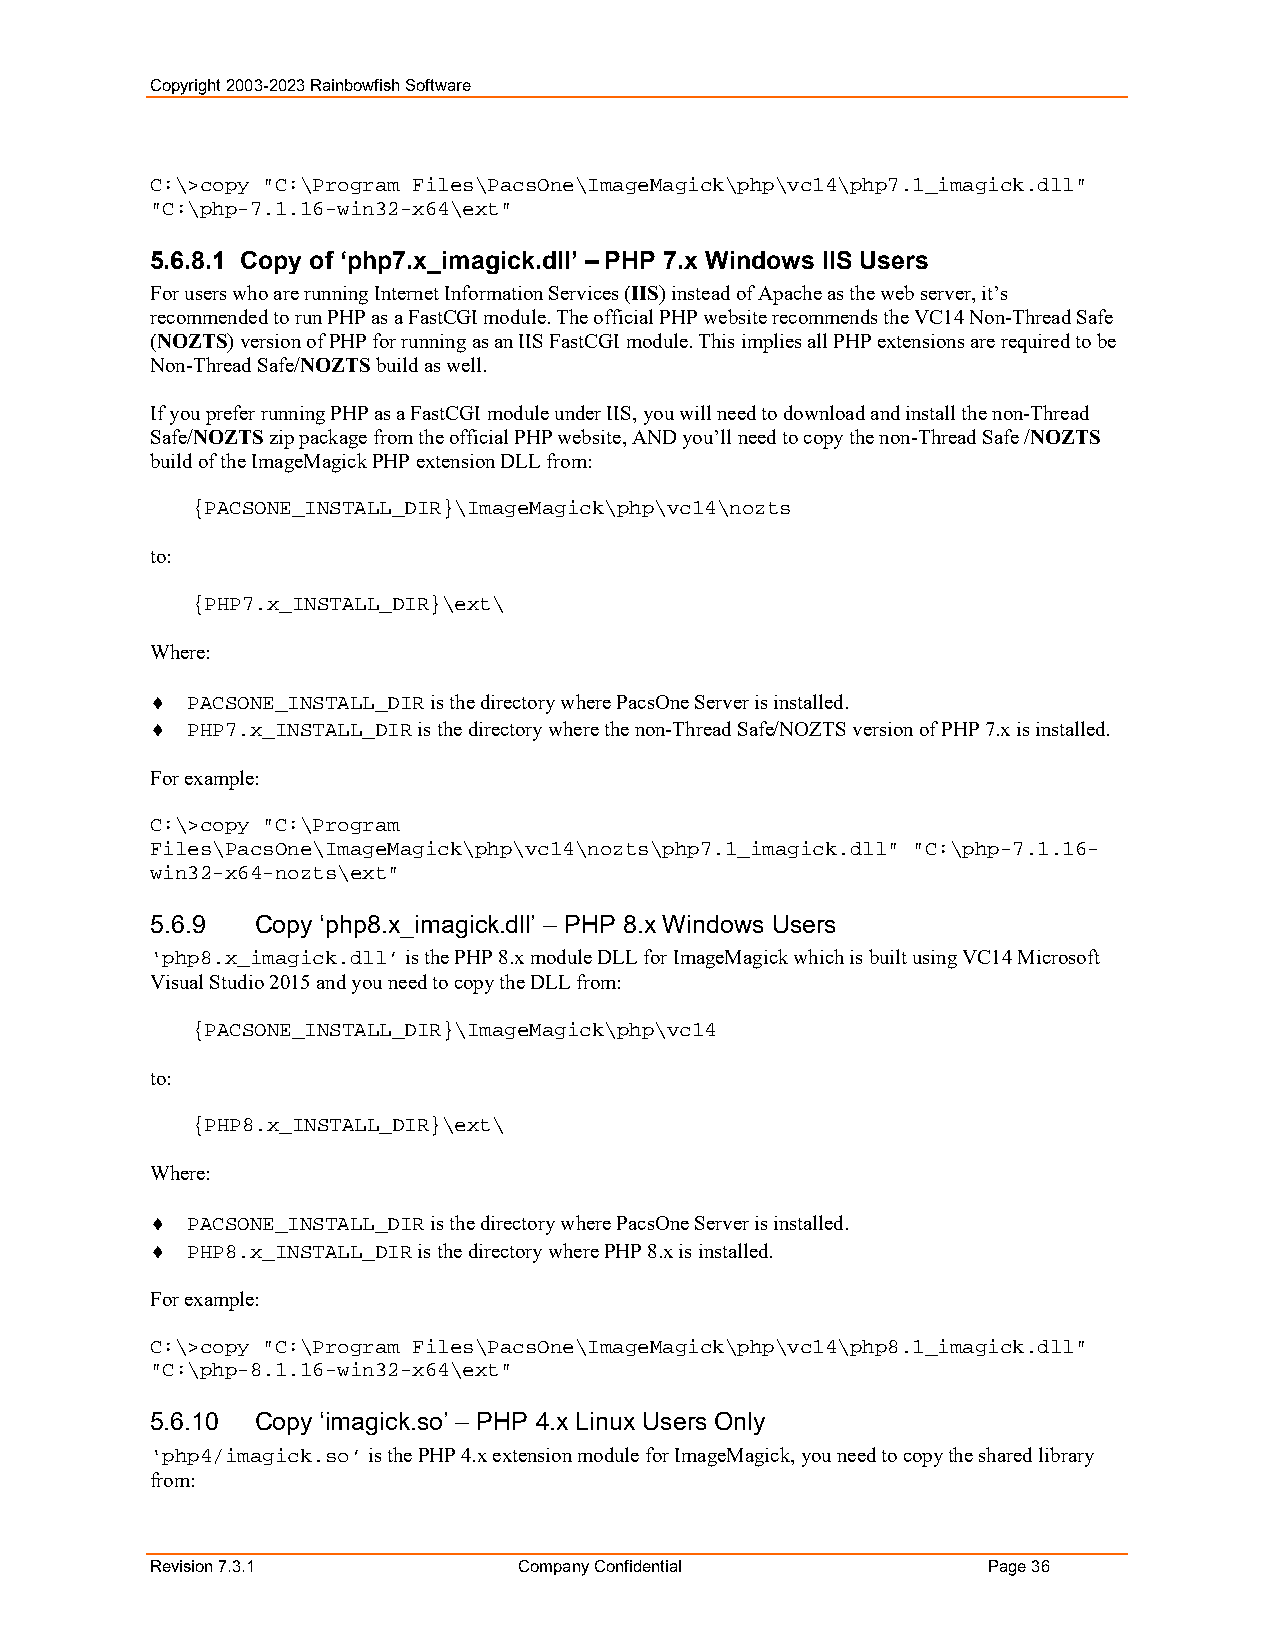
Copyright 2003-2023 Rainbowfish Software
 C:\>copy "C:\Program Files\PacsOne\ImageMagick\php\vc14\php7.1_imagick.dll"
 "C:\php-7.1.16-win32-x64\ext"
 5.6.8.1 Copy of ‘php7.x_imagick.dll’ – PHP 7.x Windows IIS Users
 For users who are running Internet Information Services (IIS) instead of Apache as the web server, it’s
 recommended to run PHP as a FastCGI module. The official PHP website recommends the VC14 Non-Thread Safe
 (NOZTS) version of PHP for running as an IIS FastCGI module. This implies all PHP extensions are required to be
 Non-Thread Safe/NOZTS build as well.
 If you prefer running PHP as a FastCGI module under IIS, you will need to download and install the non-Thread
 Safe/NOZTS zip package from the official PHP website, AND you’ll need to copy the non-Thread Safe /NOZTS
 build of the ImageMagick PHP extension DLL from:
 {PACSONE_INSTALL_DIR}\ImageMagick\php\vc14\nozts
 to:
 {PHP7.x_INSTALL_DIR}\ext\
 Where:
  PACSONE_INSTALL_DIR is the directory where PacsOne Server is installed.
  PHP7.x_INSTALL_DIR is the directory where the non-Thread Safe/NOZTS version of PHP 7.x is installed.
 For example:
 C:\>copy "C:\Program
 Files\PacsOne\ImageMagick\php\vc14\nozts\php7.1_imagick.dll" "C:\php-7.1.16-
 win32-x64-nozts\ext"
 5.6.9  Copy ‘php8.x_imagick.dll’ – PHP 8.x Windows Users
 ‘php8.x_imagick.dll’ is the PHP 8.x module DLL for ImageMagick which is built using VC14 Microsoft
 Visual Studio 2015 and you need to copy the DLL from:
 {PACSONE_INSTALL_DIR}\ImageMagick\php\vc14
 to:
 {PHP8.x_INSTALL_DIR}\ext\
 Where:
  PACSONE_INSTALL_DIR is the directory where PacsOne Server is installed.
  PHP8.x_INSTALL_DIR is the directory where PHP 8.x is installed.
 For example:
 C:\>copy "C:\Program Files\PacsOne\ImageMagick\php\vc14\php8.1_imagick.dll"
 "C:\php-8.1.16-win32-x64\ext"
 5.6.10 Copy ‘imagick.so’ – PHP 4.x Linux Users Only
 ‘php4/imagick.so’ is the PHP 4.x extension module for ImageMagick, you need to copy the shared library
 from:
 Revision 7.3.1          Company Confidential           Page 36